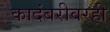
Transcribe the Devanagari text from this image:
कादंबरीवरही